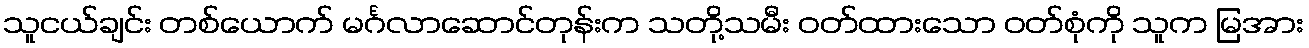
သူငယ်ချင်း တစ်ယောက် မင်္ဂလာဆောင်တုန်းက သတို့သမီး ဝတ်ထားသော ဝတ်စုံကို သူက မြအား